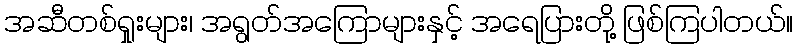
အဆီတစ်ရှုးများ၊ အရွတ်အကြောများနှင့် အရေပြားတို့ ဖြစ်ကြပါတယ်။